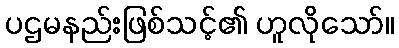
ပဌမနည်းဖြစ်သင့်၏ ဟူလိုသော်။